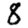
Digit: 8